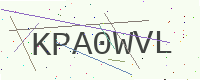
Text: KPA0WVL